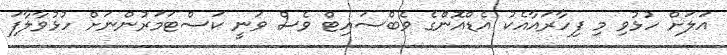
އަލަށް ހުޅުވި މި ފިހާރައާއެކު އެޑްއޮންގެ ވެބްސައިޓް ވެސް ވަނީ ކަސްޓަމަރުންނަށް ހުޅުވާލާފަ